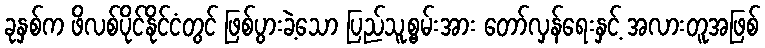
ခုနှစ်က ဖိလစ်ပိုင်နိုင်ငံတွင် ဖြစ်ပွားခဲ့သော ပြည်သူ့စွမ်းအား တော်လှန်ရေးနှင့် အလားတူအဖြစ်